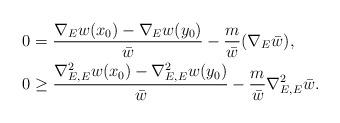
LaTeX: \begin{align*}0 & = \frac{\nabla_E w(x_0) - \nabla_E w(y_0)}{\bar{w}} - \frac{m}{\bar{w}}(\nabla_E\bar{w}), \\0 &\ge \frac{\nabla^2_{E,E} w(x_0) - \nabla^2_{E,E} w(y_0)}{\bar{w}}- \frac{m}{\bar{w}}\nabla^2_{E,E}\bar{w}. \end{align*}